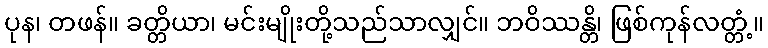
ပုန၊ တဖန်။ ခတ္တိယာ၊ မင်းမျိုးတို့သည်သာလျှင်။ ဘဝိဿန္တိ၊ ဖြစ်ကုန်လတ္တံ့။